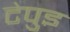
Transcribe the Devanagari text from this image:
टेपुइ